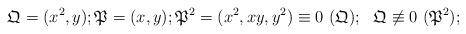
LaTeX: \begin{align*}\mathfrak{Q} = (x^{2}, y); \mathfrak{P} = (x, y); \mathfrak{P}^{2} = (x^{2}, xy, y^{2}) \equiv 0\ (\mathfrak{Q});\ \ \mathfrak{Q} \not\equiv 0\ (\mathfrak{P}^{2});\end{align*}